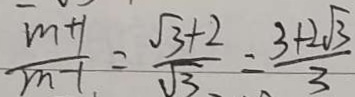
\frac { m + 1 } { m - 1 } = \frac { \sqrt { 3 } + 2 } { \sqrt { 3 } } = \frac { 3 + 2 \sqrt { 3 } } { 3 }